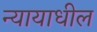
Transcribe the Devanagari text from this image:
न्यायाधील